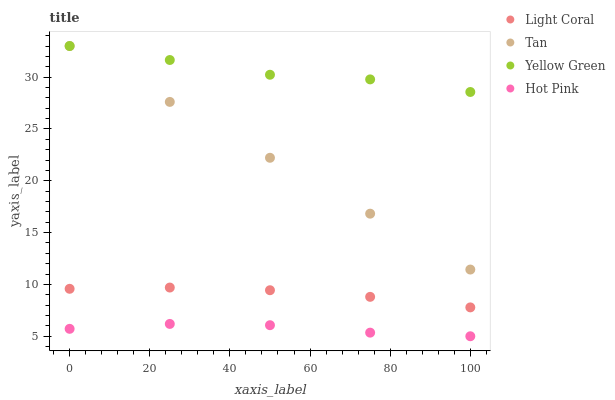
| xaxis_label | Light Coral | Tan | Yellow Green | Hot Pink |
 | --- | --- | --- | --- | --- |
 | 0 | 9.58 | 33 | 33 | 5.72 |
 | 25 | 9.7 | 27.6 | 31.6 | 6.19 |
 | 50 | 9.44 | 22.2 | 30.2 | 6.07 |
 | 75 | 8.8 | 16.8 | 29.8 | 5.35 |
 | 100 | 7.78 | 11.4 | 28.6 | 5 |